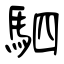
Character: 駟